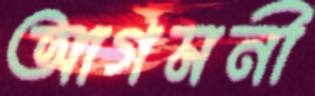
আগমনী